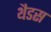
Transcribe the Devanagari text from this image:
थैडस